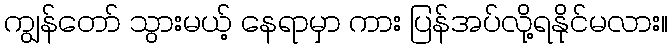
ကျွန်တော် သွားမယ့် နေရာမှာ ကား ပြန်အပ်လို့ရနိုင်မလား။